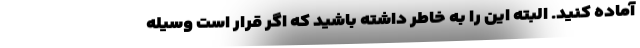
آماده کنید. البته این را به خاطر داشته باشید که اگر قرار است وسیله